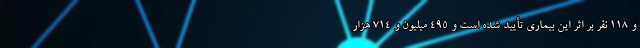
و ۱۱۸ نفر بر اثر این بیماری تأیید شده است و ۴۹۵ میلیون و ۷۱۴ هزار